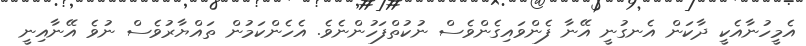
އެމީހުނާއެކީ ދާކަން އެނގުނީ އޭނާ ފެންވައިގެންވެސް ނުކުތްފަހުންނެވެ. އެހެންކަމުން ތައްޔާރުވެސް ނުވެ އޭނާއިނީ